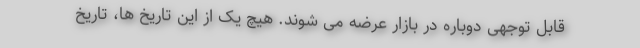
قابل توجهی دوباره در بازار عرضه می شوند. هیچ یک از این تاریخ ها، تاریخ